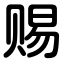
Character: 赐